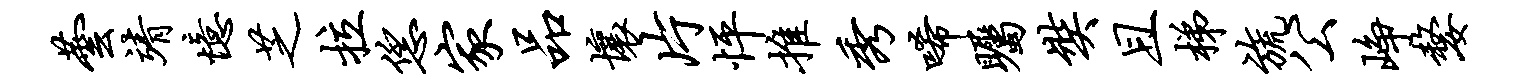
芸靖忆芝拉恁家品壤片怦推秀唏瞩奘且梯旒公峥嫠